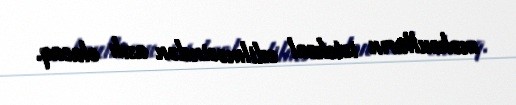
məhsulların istehsal edilməsindən asılı olacaq.